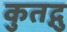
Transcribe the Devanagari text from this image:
कुतद्गु